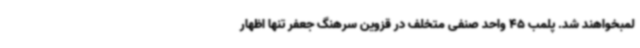
لمبخواهند شد. پلمب 45 واحد صنفی متخلف در قزوین سرهنگ جعفر تنها اظهار